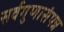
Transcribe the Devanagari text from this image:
सर्वगुणासंपन्न